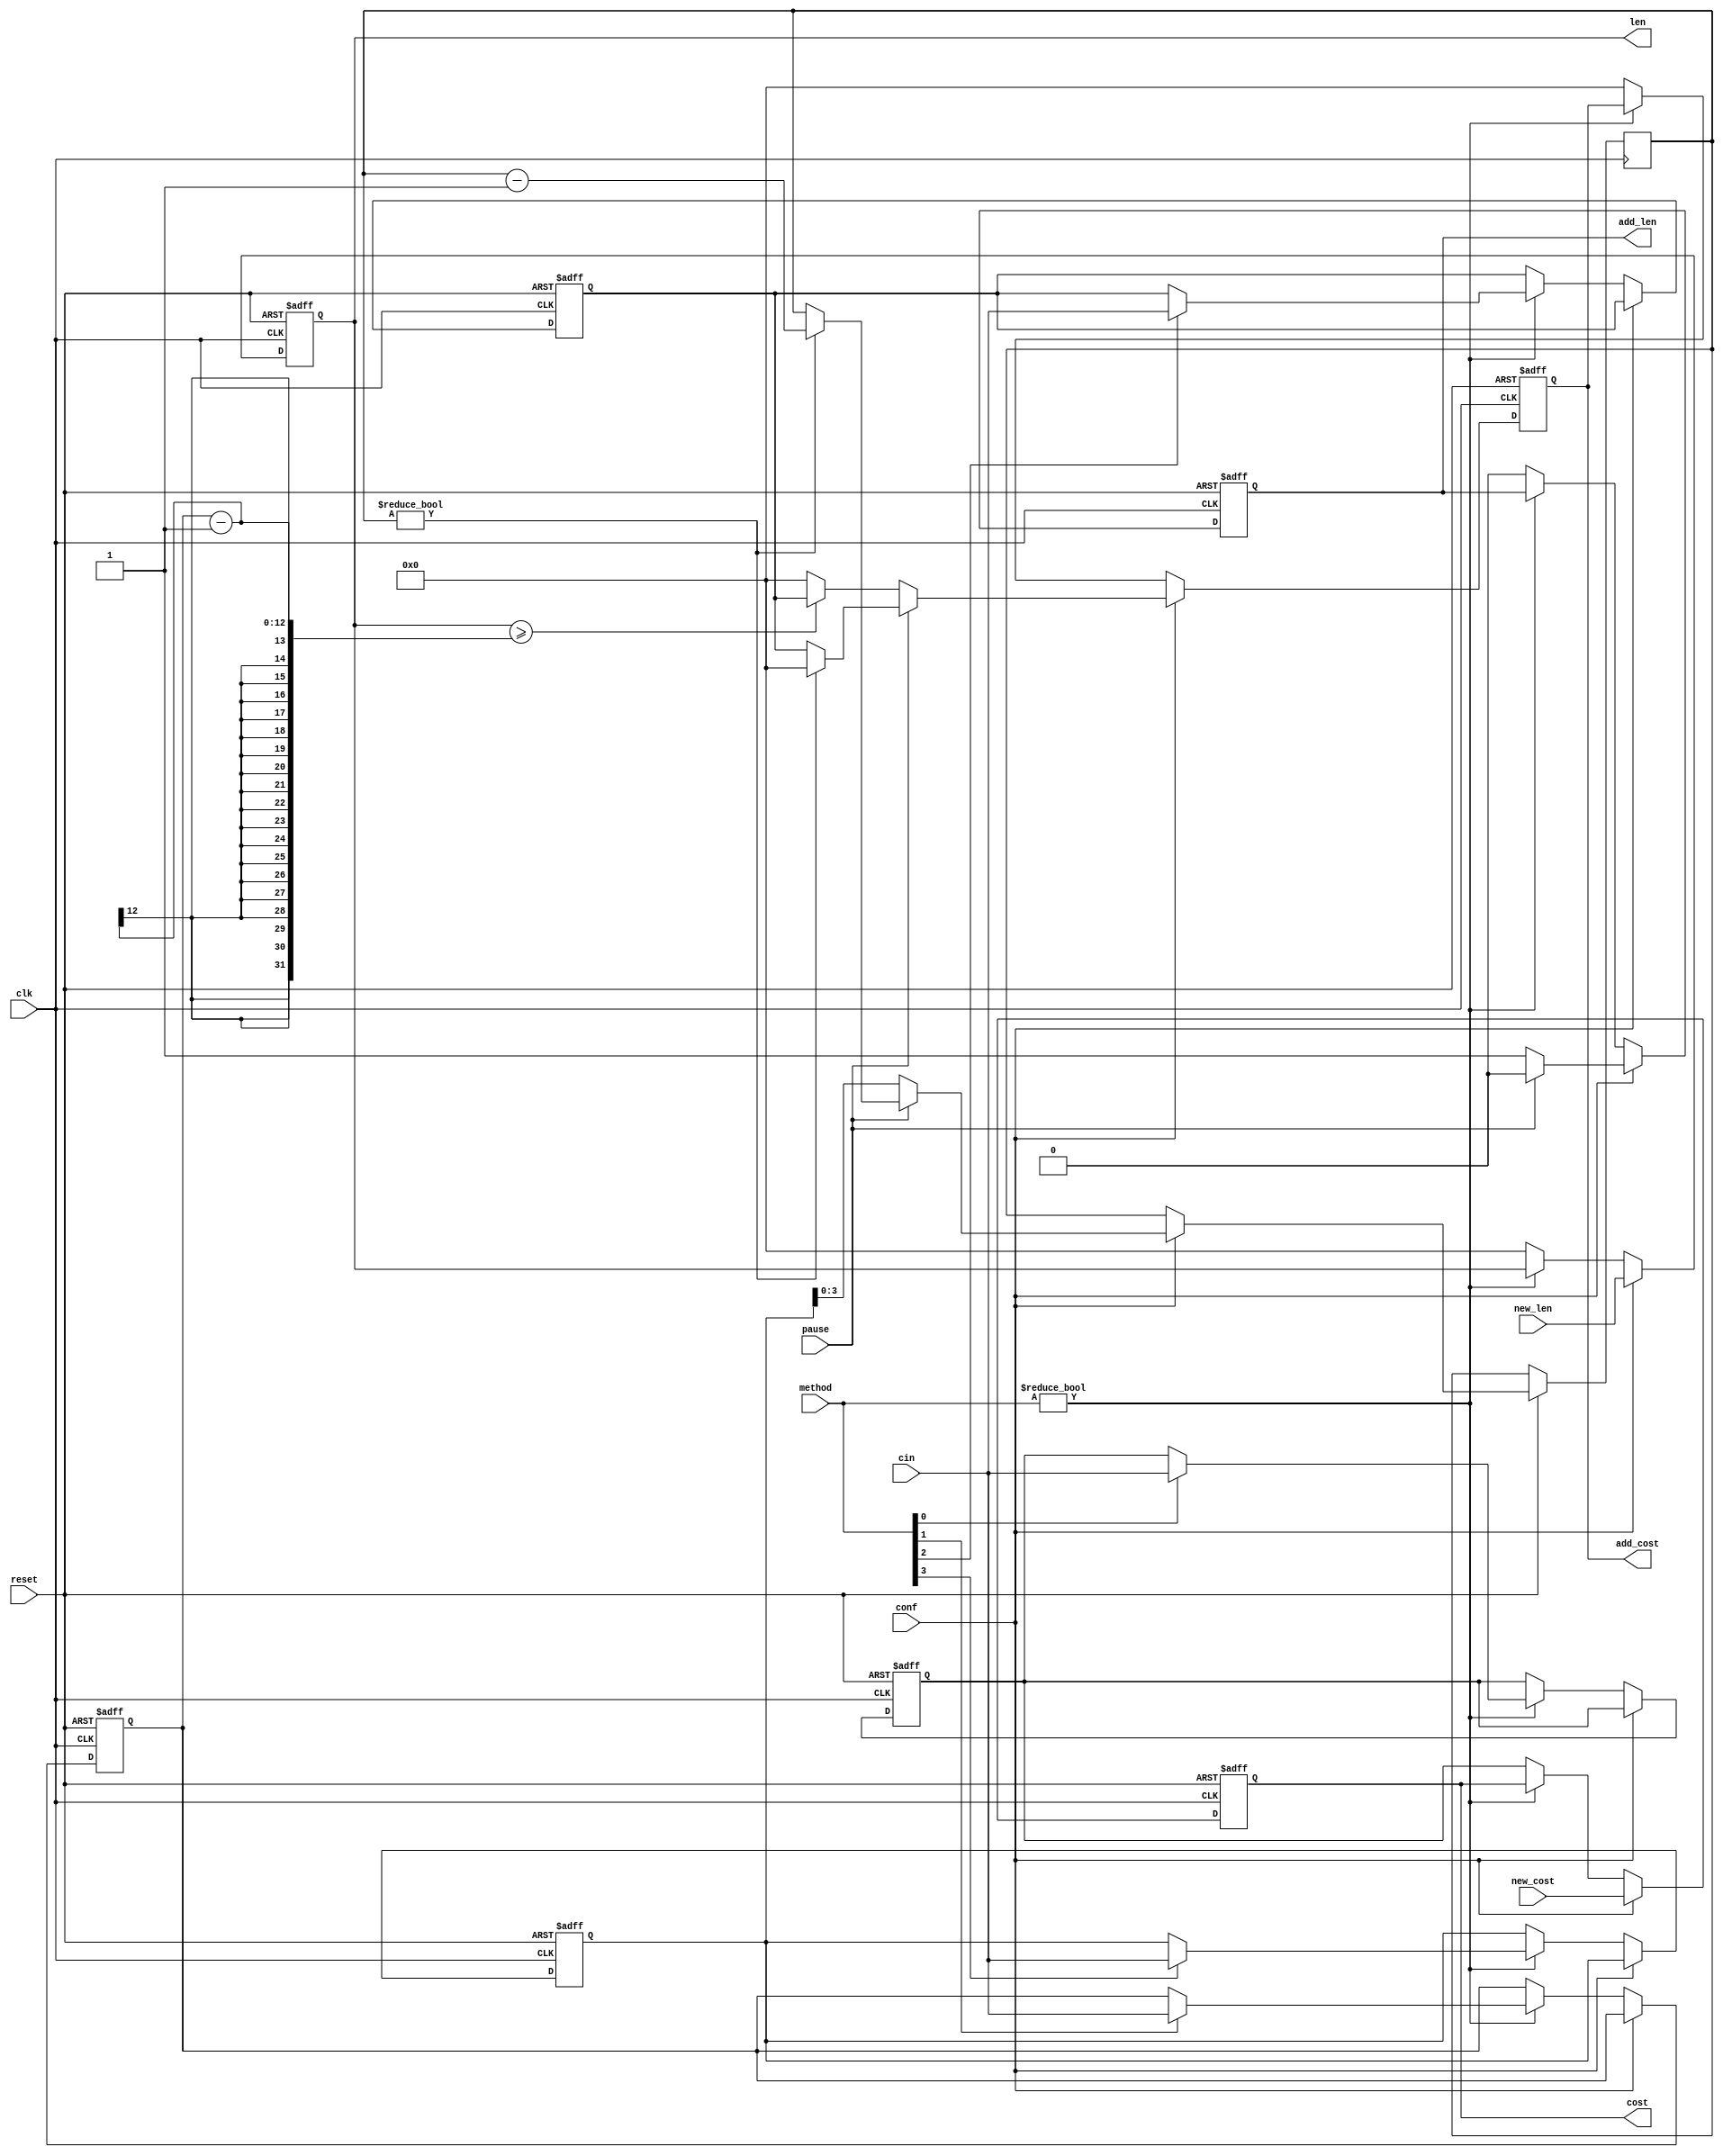
module _initial(conf, method, reset, pause, clk, cin, new_cost, new_len,
				len, cost, add_len, add_cost);

input			clk;
input[3:0]		method;
input			conf,reset,pause;
input[11:0]		cin;
input[11:0]		new_cost;
input[11:0]		new_len;

output[11:0]	len;
output[11:0]	cost;
output			add_len;
output[11:0]	add_cost;

reg[11:0]		pause_time, price_per_km, free_len, initial_price;

reg[11:0]		add_cost;

reg 			add_len;

reg[11:0]		len, cost;
reg[3:0]		tmp;

always @(posedge clk or negedge reset) begin

	if(!reset) begin
		initial_price <= 12'h009;
		free_len <= 12'h003;
		price_per_km <= 12'h003;
		pause_time <= 12'h003;
		len <= 0;
		cost <= 12'h009;
		add_cost <= 12'h000;
		add_len <= 0;
	end
	
	else if(clk) begin
		
		if(!conf) begin
			if(method) begin
				if(method[0]) begin 
					initial_price <= cin;
				end
				if(method[1]) begin
					free_len <= cin;
				end
				if(method[2]) begin
					price_per_km <= cin;
				end
				if(method[3]) begin
					pause_time <= cin;
				end
			end
			
			else begin	//method == 0
				add_len <= 0;
				add_cost <= 12'h000;
				len <= 0;
				cost <= initial_price;
			end
		end//conf
		
		else begin
			len <= new_len;
			cost <= new_cost;
			
			if(pause) begin
				add_len <= 0;
				if(tmp != 0) begin
					tmp <= tmp - 1;
					add_cost <= 0;
				end
				else begin
					add_cost <= price_per_km;
				end
			end
			
			else begin
				tmp <= pause_time[3:0];
				add_len <= 1;
				if(len >= free_len-1) begin
					add_cost <= price_per_km;
				end
				else begin
					add_cost <= 0;
				end
			end
		end//else
		
	end
end

endmodule